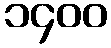
၁၄၀၀